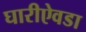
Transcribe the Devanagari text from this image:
घारीऐवडा